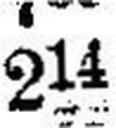
214